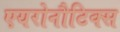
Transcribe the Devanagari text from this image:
एयरोनौटिक्स